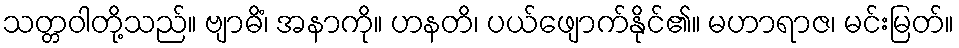
သတ္တဝါတို့သည်။ ဗျာဓိံ၊ အနာကို။ ဟနတိ၊ ပယ်ဖျောက်နိုင်၏။ မဟာရာဇ၊ မင်းမြတ်။